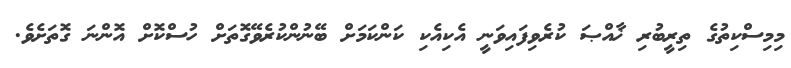
މިމިސްކިތުގެ ތިރީބުރި ޚާއްޞަ ކުރެވިފައިވަނީ އެކިއެކި ކަންކަމަށް ބޭނުންކުރެވޭގޮތަށް ހުސްކޮށް އޮންނަ ގޮތަށެވެ.